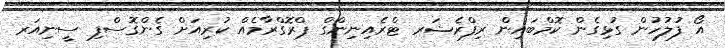
އޯ ފުލުހުން ގުޅިގެން ކޮމްބައިން ރިފްރެޝަރ ޓްރެއިނިންގް ޕްރޮގްރާމެއް ކުރިއަށް ގެންގޮސްފި ސީނިއަރ